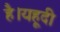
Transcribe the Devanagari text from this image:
है।यहूदी